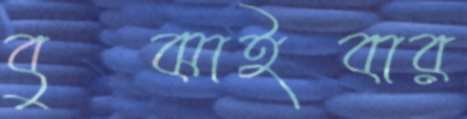
বুঝাইবার